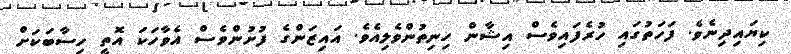
ކިޔައިދިނެވެ. ފަހަތުގައި ހުރެފައިވެސް އިޝާން ހިނިތުންވެލިއެވެ. އައިޒަންގެ ފުށުންވެސް އެވާހަކަ އޮތީ ހިސާބަކަށް